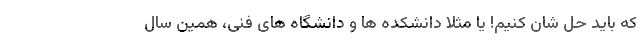
که باید حل شان کنیم! یا مثلاً دانشکده ها و دانشگاه های فنی، همین سال